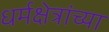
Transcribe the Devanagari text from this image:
धर्मक्षेत्रांच्या